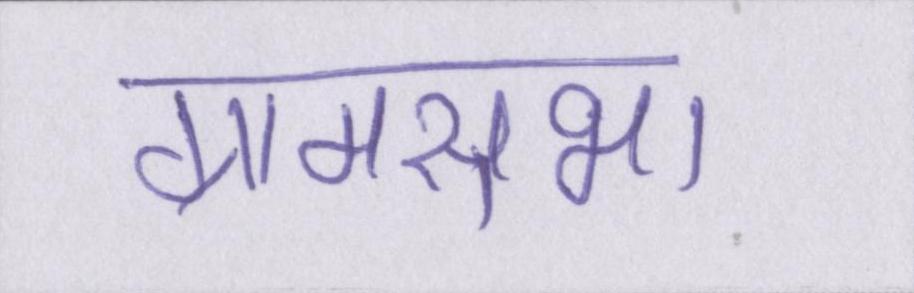
ग्रामसभा